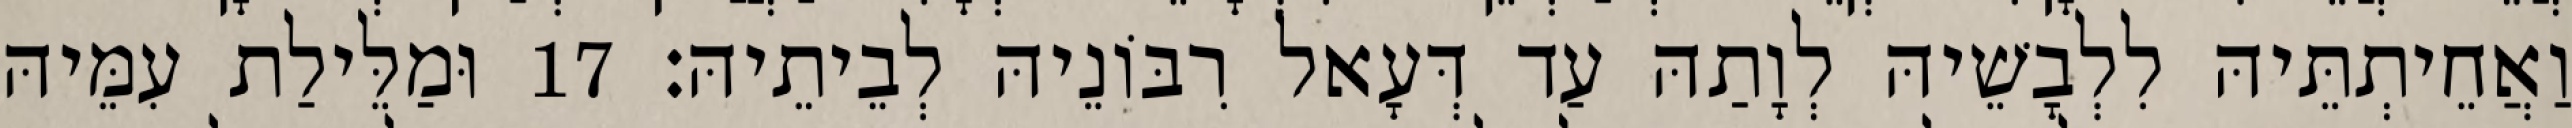
וַאֲחֵיתְתֵּיהּ לִלְבָשֵׁיהּ לְוָתַהּ עַד דְּעָאל רִבּוֹנֵיהּ לְבֵיתֵיהּ׃ 17 וּמַלֵּילַת עִמֵּיהּ